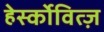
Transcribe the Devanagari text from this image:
हेर्स्कोवित्ज़